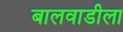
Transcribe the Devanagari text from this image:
बालवाडीला